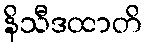
နိသီဒထာတိ